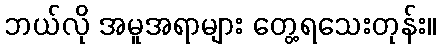
ဘယ်လို အမူအရာများ တွေ့ရသေးတုန်း။